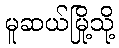
မူဆယ်မြို့သို့